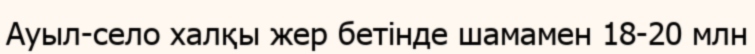
Ауыл-село халқы жер бетінде шамамен 18-20 млн